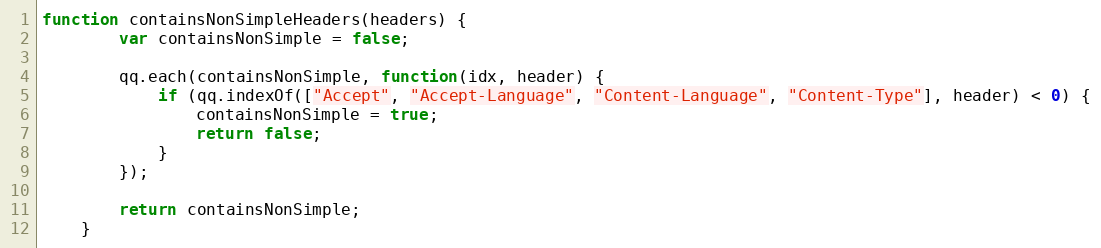
Language: JavaScript
function containsNonSimpleHeaders(headers) {
        var containsNonSimple = false;

        qq.each(containsNonSimple, function(idx, header) {
            if (qq.indexOf(["Accept", "Accept-Language", "Content-Language", "Content-Type"], header) < 0) {
                containsNonSimple = true;
                return false;
            }
        });

        return containsNonSimple;
    }